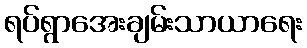
ရပ်ရွာအေးချမ်းသာယာရေး